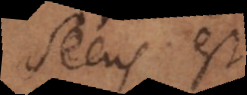
Secus est